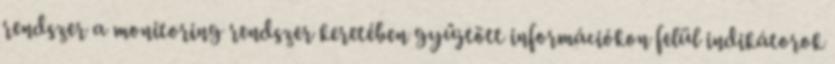
rendszer a monitoring rendszer keretében gyűjtött információkon felül indikátorok